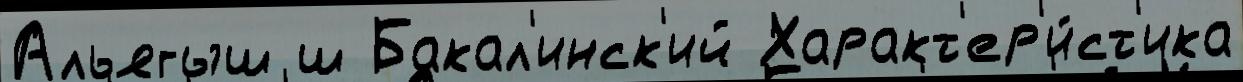
Альягыш ш Бакал'инск'ий Характ'ер'и́ст'ика